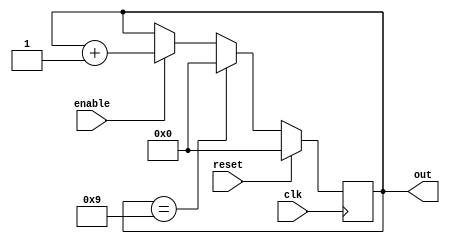
`timescale 1ns / 1ps


module Decade_counter(
    output reg [3:0] out,
	 input clk,
	 input enable,
	 input reset
    );
	 
	 wire reached9;
	 
	always@(posedge clk)
	begin
	 if(reset)
	  out <= 0;
	 else if(reached9)
		out <= 0;
	 else if(enable)
	   out <= out + 1;
	 else
	  out <= out;
	end

	assign reached9 = (out == 9);
	
	
  endmodule